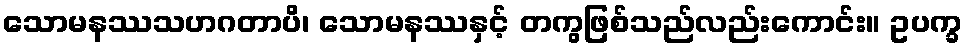
သောမနဿသဟဂတာပိ၊ သောမနဿနှင့် တကွဖြစ်သည်လည်းကောင်း။ ဥပက္ခ